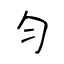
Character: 匀